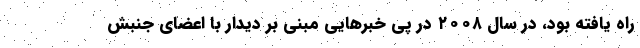
راه یافته بود، در سال ۲۰۰۸ در پی خبرهایی مبنی بر دیدار با اعضای جنبش